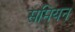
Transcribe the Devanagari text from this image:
समियन